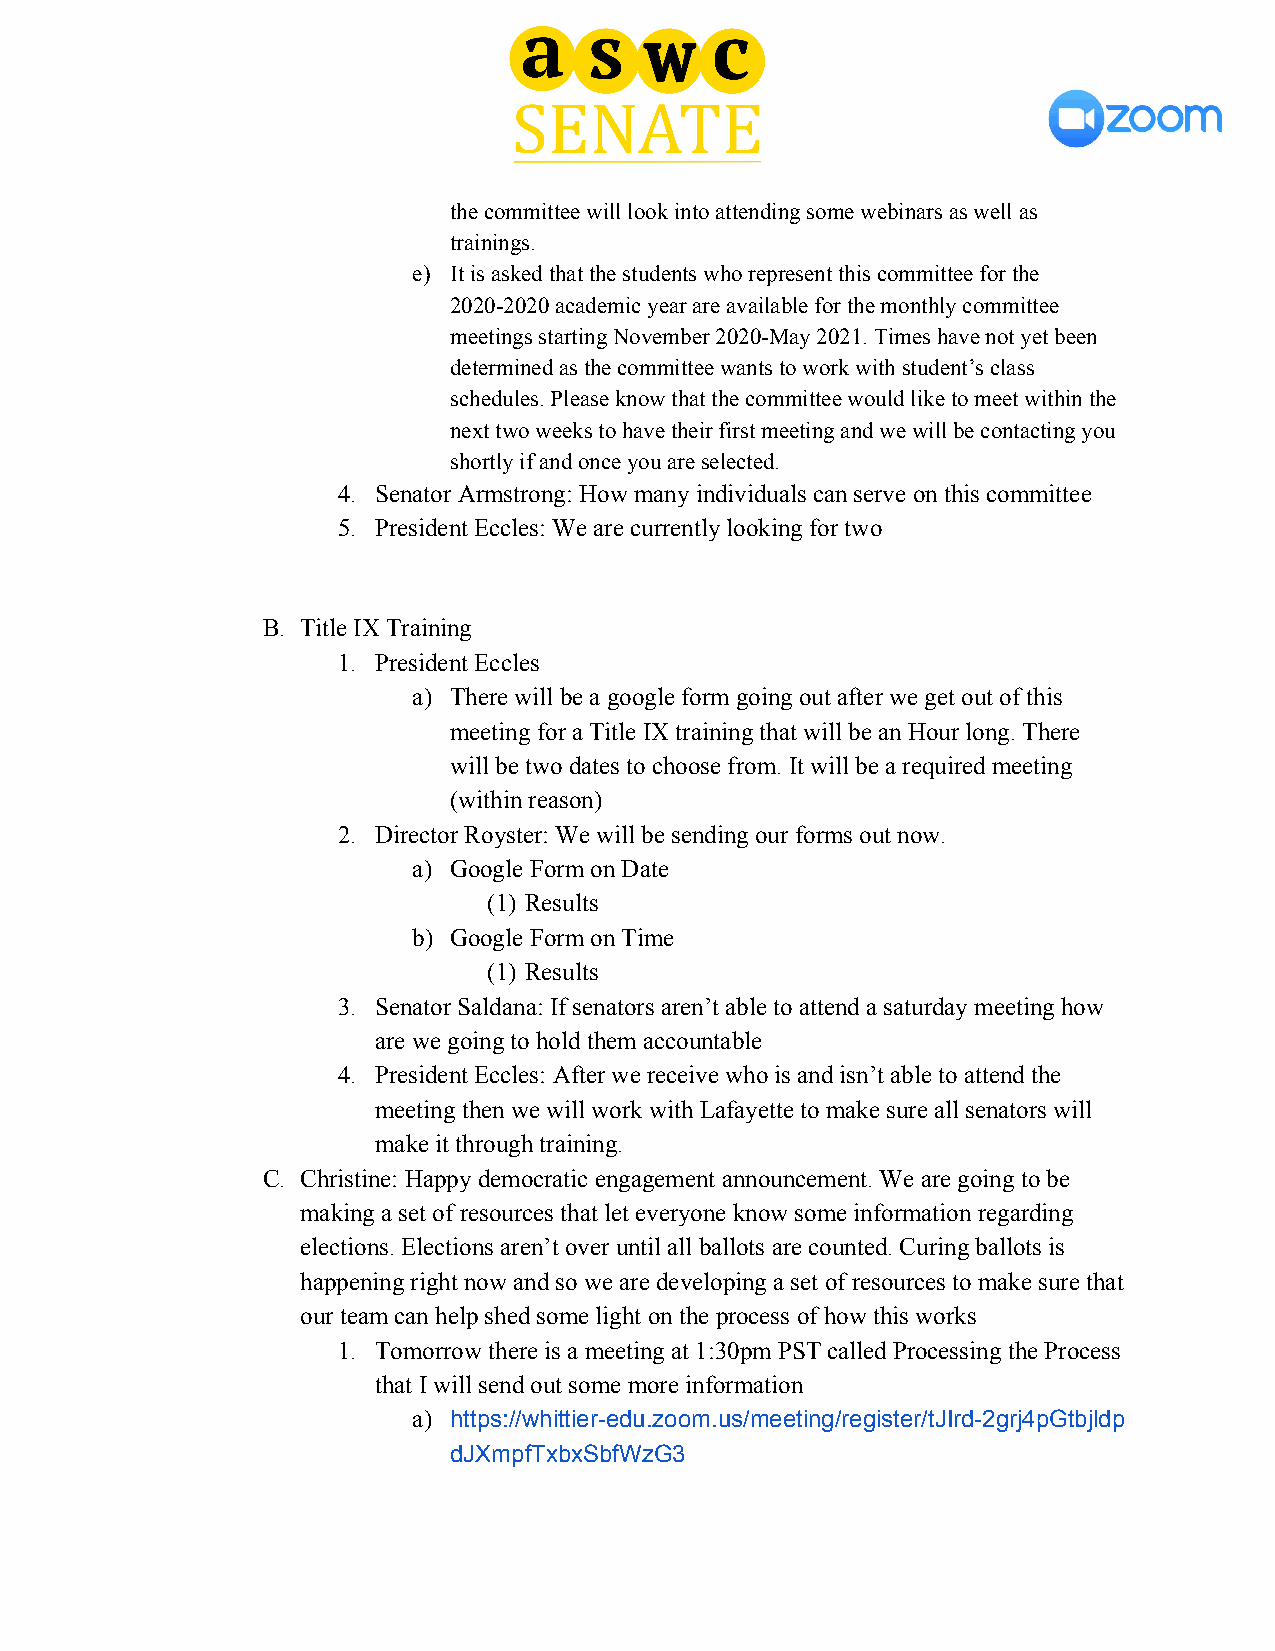
the committee will look into attending some webinars as well as
 trainings.
 e) It is asked that the students who represent this committee for the
 2020-2020 academic year are available for the monthly committee
 meetings starting November 2020-May 2021. Times have not yet been
 determined as the committee wants to work with student’s class
 schedules. Please know that the committee would like to meet within the
 next two weeks to have their first meeting and we will be contacting you
 shortly if and once you are selected.
 4. Senator Armstrong: How many individuals can serve on this committee
 5. President Eccles: We are currently looking for two
 B. Title IX Training
 1. President Eccles
 a) There will be a google form going out after we get out of this
 meeting for a Title IX training that will be an Hour long. There
 will be two dates to choose from. It will be a required meeting
 (within reason)
 2. Director Royster: We will be sending our forms out now.
 a) Google Form on Date
 (1) Results
 b) Google Form on Time
 (1) Results
 3. Senator Saldana: If senators aren’t able to attend a saturday meeting how
 are we going to hold them accountable
 4. President Eccles: After we receive who is and isn’t able to attend the
 meeting then we will work with Lafayette to make sure all senators will
 make it through training.
 C. Christine: Happy democratic engagement announcement. We are going to be
 making a set of resources that let everyone know some information regarding
 elections. Elections aren’t over until all ballots are counted. Curing ballots is
 happening right now and so we are developing a set of resources to make sure that
 our team can help shed some light on the process of how this works
 1. Tomorrow there is a meeting at 1:30pm PST called Processing the Process
 that I will send out some more information
 a) https://whittier-edu.zoom.us/meeting/register/tJIrd-2grj4pGtbjldp
 dJXmpfTxbxSbfWzG3